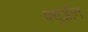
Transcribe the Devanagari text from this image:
क्यूज़ीन